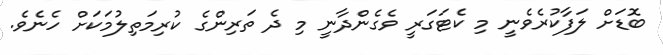
ބޮޑަށް ލަފާކުރެވެނީ މި ކެޓަގަރީ ވެގެންދާނީ މި ދެ ތަރިންގެ ކުރިމަތިލުމަކަށް ހެނެވެ.